Insane asylums Bombay 1873-77 - 1873-1877
Year: 1873
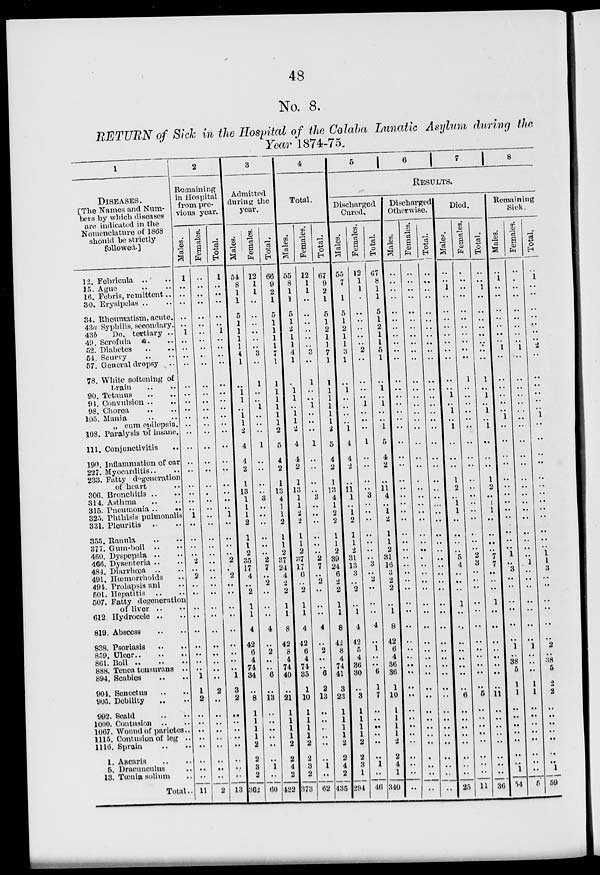
48
No. 8.
RETURN of Sick in the Hospital of the Colaba Lunatic Asylum during the
Year 1874-75.
1
DISEASES.
[The Names and Num-
bers by which diseases
are indicated in the
Nomenclature of 1868
should be strictly
followed.]
12.
15.
16.
30.
34.
43a
43b
49.
52.
54.
57.
78.
90.
91.
98.
105.
108.
111.
190.
227.
233.
306.
314.
315.
325.
331.
355.
377.
460.
466.
484.
491.
494.
501.
507.
612.
819.
838.
859.
861.
888.
894.
904.
905.
992.
1000.
1067.
1115.
1116.
1.
5.
13.
Febricula .. ..
Ague .. ..
Febris, remittent ..
Erysipelas .. ..
Rheumatism, acute.
Syphilis, secondary.
Do. tertiary ..
Scrofula a. ..
Diabetes .. ..
Scurvy .. ..
General dropsy ..
White softening of
brain .. ..
Tetanus .. ..
Convulsion .. ..
Chorea .. ..
Mania .. ..
„ cum epilepsia.
Paralysis of insane.
Conjunctivitis
..
Inflammation of ear
Myocarditis .. ..
Fatty degeneration
of heart ..
Bronchitis .. ..
Asthma .. ..
Pneumonia ..
..
Phthisis pulmonalis
Pleuritis .. ..
Ranula .. ..
Gum-boil
.. ..
Dyspepsia .. ..
Dysenteria .. ..
Diarrhœa .. ..
Hœmorrhoids ..
Prolapsis ani ..
Hepatitis .. ..
Fatty degeneration
of liver .. ..
Hydrocele .. ..
Abscess .. ..
Psoriasis .. ..
Ulcer .. .. ..
Boil
..
..
..
Tenea tonsurans ..
Scabies .. ..
Senectus
..
..
Debility .. ..
Scald .. ..
Contusion .. ..
Wound of parietes.
Contusion of leg ..
Sprain .. ..
Ascaris .. ..
Dracunculus ..
Tœnia solium ..
Total ..
2
Remaining
in Hospital
from pre-
vious year.
Males.
1
..
..
..
..
..
1
..
..
..
..
..
..
..
..
..
..
..
..
..
..
..
..
..
..
1
..
..
..
..
2
..
2
..
..
..
..
..
..
..
..
..
1
1
2
..
..
..
..
..
..
..
..
11
Females.
..
..
..
..
..
..
..
..
..
..
..
..
..
..
..
..
..
..
..
..
..
..
..
..
..
..
..
..
..
..
..
..
..
..
..
..
..
..
..
..
..
..
..
2
..
..
..
..
..
..
..
..
..
2
Total.
1
..
..
..
..
..
1
..
..
..
..
..
..
..
..
..
..
..
..
..
..
..
..
..
..
1
..
..
..
..
2
..
2
..
..
..
..
..
..
..
..
..
1
3
2
..
..
..
..
..
..
..
..
13
3
Admitted
during the
year.
Males.
54
8
1
1
5
1
1
1
1
4
1
..
1
1
..
1
1
2
4
4
2
1
13
1
1
1
2
1
1
2
35
17
4
..
2
1
1
4
42
6
4
74
34
..
8
1
1
1
1
2
2
3
2
362
Females.
12
1
1
..
..
..
..
..
..
3
..
1
..
..
1
..
..
..
1
..
..
..
..
3
..
..
..
..
..
..
2
7
..
2
..
..
..
4
..
2
..
..
6
..
13
..
..
..
..
..
..
1
..
60
Total.
66
9
2
1
5
1
1
1
1
7
1
1
1
1
1
1
1
2
5
4
2
1
13
4
1
1
2
1
1
2
37
24
4
2
2
1
1
8
42
8
4
74
40
..
21
1
1
1
1
2
2
4
2
422
4
Total.
Males.
55
8
1
1
5
1
2
1
1
4
1
..
1
1
..
1
1
2
4
4
2
1
13
1
1
2
2
1
1
2
37
17
6
..
2
1
1
4
42
6
4
74
35
1
10
1
1
1
1
2
2
3
2
373
Females.
12
1
1
..
..
..
..
..
..
3
..
1
..
..
1
..
..
..
1
..
..
..
..
3
..
..
..
..
..
..
2
7
..
2
..
..
..
4
..
2
..
..
6
2
13
..
..
..
..
..
..
1
..
62
Total.
67
9
2
1
5
1
2
1
1
7
1
1
1
1
1
1
1
2
5
4
2
1
13
4
1
2
2
1
1
2
39
24
6
2
2
1
1
8
42
8
4
74
41
3
23
1
1
1
1
2
2
4
2
435
5
6
7
8
RESULTS.
Discharged
Cured.
Males.
55
7
..
1
5
1
2
1
1
3
1
..
1
..
..
..
..
1
4
4
2
..
11
1
..
1
2
1
1
2
31
13
3
..
2
..
1
4
42
5
4
36
30
..
3
1
1
1
1
2
2
3
1
294
Females.
12
1
1
..
..
..
..
..
..
2
..
..
..
..
1
..
..
..
1
..
..
..
..
3
..
..
..
..
..
..
..
3
..
2
..
..
..
4
..
1
..
..
6
1
7
..
..
..
..
..
..
1
..
46
Total.
67
8
1
1
5
1
2
1
1
5
1
..
1
..
1
..
..
1
5
4
2
..
11
4
..
1
2
1
1
2
31
16
3
2
2
..
1
8
42
6
4
36
36
1
10
1
1
1
1
2
2
4
1
340
Discharged
Otherwise.
Males.
..
..
..
..
..
..
..
..
..
..
..
..
..
..
..
..
..
..
..
..
..
..
..
..
..
..
..
..
..
..
..
..
..
..
..
..
..
..
..
..
..
..
..
..
..
..
..
..
..
..
..
..
..
..
Females.
..
..
..
..
..
..
..
..
..
..
..
..
..
..
..
..
..
..
..
..
..
..
..
..
..
..
..
..
..
..
..
..
..
..
..
..
..
..
..
..
..
..
..
..
..
..
..
..
..
..
..
..
..
..
Total.
..
..
..
..
..
..
..
..
..
..
..
..
..
..
..
..
..
..
..
..
..
..
..
..
..
..
..
..
..
..
..
..
..
..
..
..
..
..
..
..
..
..
..
..
..
..
..
..
..
..
..
..
..
..
Died.
Males.
..
..
1
..
..
..
..
..
..
..
..
..
..
1
..
1
..
1
..
..
..
1
2
..
1
1
..
..
..
..
5
4
..
..
..
1
..
..
..
..
..
..
..
..
6
..
..
..
..
..
..
..
..
25
Females.
..
..
..
..
..
..
..
..
..
..
..
1
..
..
..
..
..
..
..
..
..
..
..
..
..
..
..
..
..
..
2
3
..
..
..
..
..
..
..
..
..
..
..
..
5
..
..
..
..
..
..
..
..
11
Total.
..
..
1
..
..
..
..
..
..
..
..
1
..
1
..
1
..
1
..
..
..
1
2
..
1
1
..
..
..
..
7
7
..
..
..
1
..
..
..
..
..
..
..
..
11
..
..
..
..
..
..
..
..
36
Remaining
Sick.
Males.
..
1
..
..
..
..
..
..
..
1
..
..
..
..
..
..
1
..
..
..
..
..
..
..
..
..
..
..
..
..
1
..
3
..
..
..
..
..
..
1
..
38
5
1
1
..
..
..
..
..
..
..
1
54
Females.
..
..
..
..
..
..
..
..
..
1
..
..
..
..
..
..
..
..
..
..
..
..
..
..
..
..
..
..
..
..
..
1
..
..
..
..
..
..
..
1
..
..
..
1
1
..
..
..
..
..
..
..
..
5
Total.
..
1
..
..
..
..
..
..
..
2
..
..
..
..
..
..
1
..
..
..
..
..
..
..
..
..
..
..
..
..
1
1
3
..
..
..
..
..
..
2
..
38
5
2
2
..
..
..
..
..
..
..
1
59